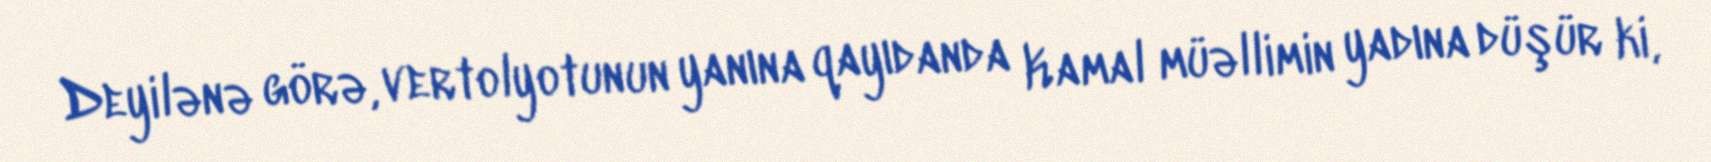
Deyilənə görə, vertolyotunun yanına qayıdanda Kamal müəllimin yadına düşür ki,